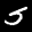
Label: 5